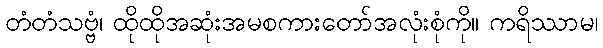
တံတံသဗ္ဗံ၊ ထိုထိုအဆုံးအမစကားတော်အလုံးစုံကို။ ကရိဿာမ၊